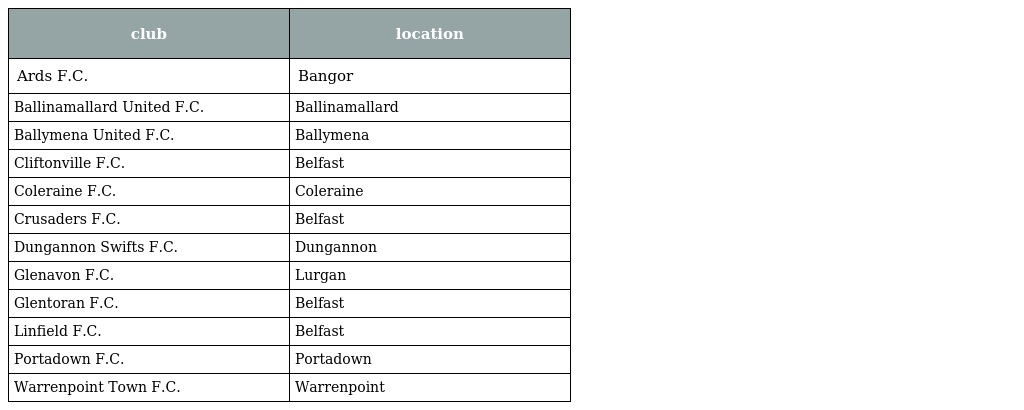
| club | location |
 | --- | --- |
 | Ards F.C. | Bangor |
 | Ballinamallard United F.C. | Ballinamallard |
 | Ballymena United F.C. | Ballymena |
 | Cliftonville F.C. | Belfast |
 | Coleraine F.C. | Coleraine |
 | Crusaders F.C. | Belfast |
 | Dungannon Swifts F.C. | Dungannon |
 | Glenavon F.C. | Lurgan |
 | Glentoran F.C. | Belfast |
 | Linfield F.C. | Belfast |
 | Portadown F.C. | Portadown |
 | Warrenpoint Town F.C. | Warrenpoint |